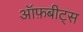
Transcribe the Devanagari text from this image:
ऑफ़बीट्स